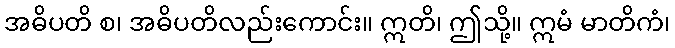
အဓိပတိ စ၊ အဓိပတိလည်းကောင်း။ ဣတိ၊ ဤသို့။ ဣမံ မာတိကံ၊